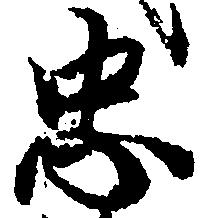
忠